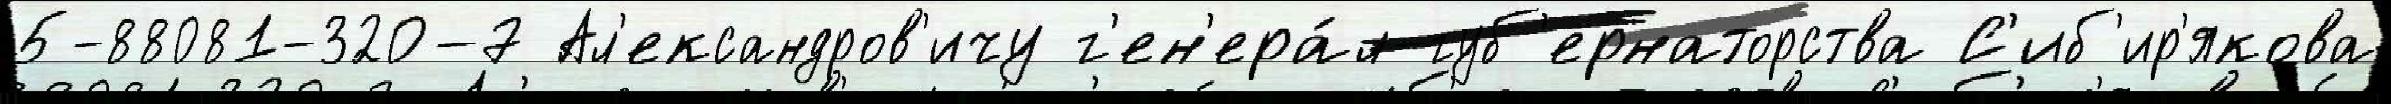
5-88081-320-7 Ал'ександров'ичу г'ен'ера́л-губ'ернаторства С'иб'ир'якова